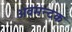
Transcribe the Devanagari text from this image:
अवमन्दक